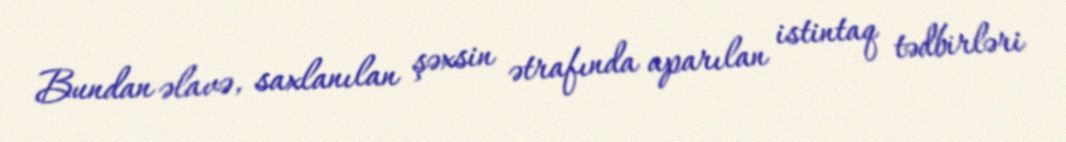
Bundan əlavə, saxlanılan şəxsin ətrafında aparılan istintaq tədbirləri